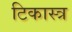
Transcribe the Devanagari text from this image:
टिकास्त्र